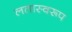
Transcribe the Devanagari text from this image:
लतास्वरूप